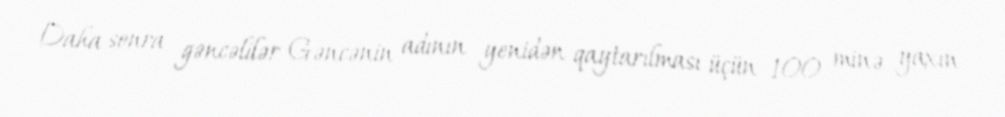
Daha sonra gəncəlilər Gəncənin adının yenidən qaytarılması üçün 100 minə yaxın